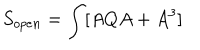
LaTeX: S _ { o p e n } = \int [ A Q A + A ^ { 3 } ]